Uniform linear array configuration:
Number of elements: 24
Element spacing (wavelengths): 0.5
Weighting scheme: blackman
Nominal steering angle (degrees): -30
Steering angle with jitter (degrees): -29.232
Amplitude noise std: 0.05
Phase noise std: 0.05

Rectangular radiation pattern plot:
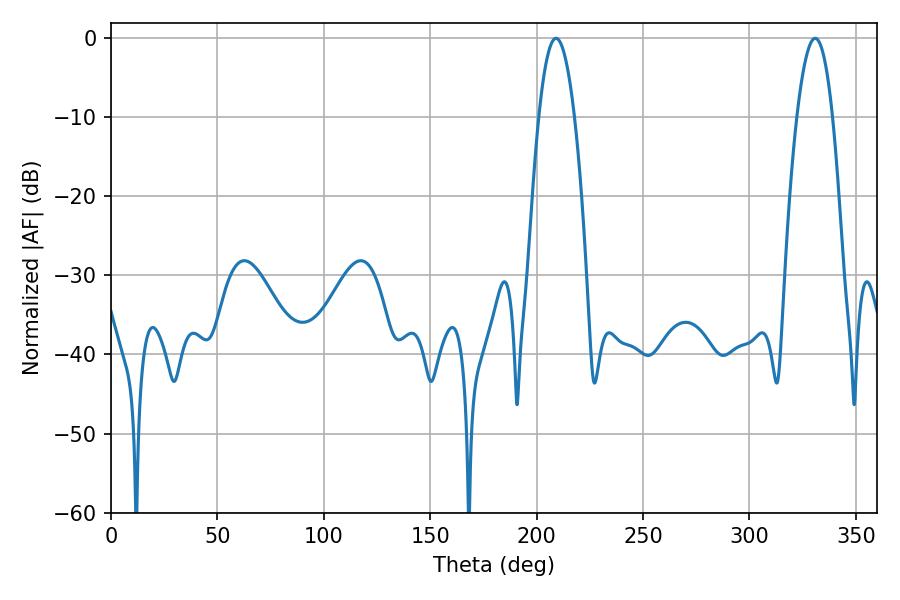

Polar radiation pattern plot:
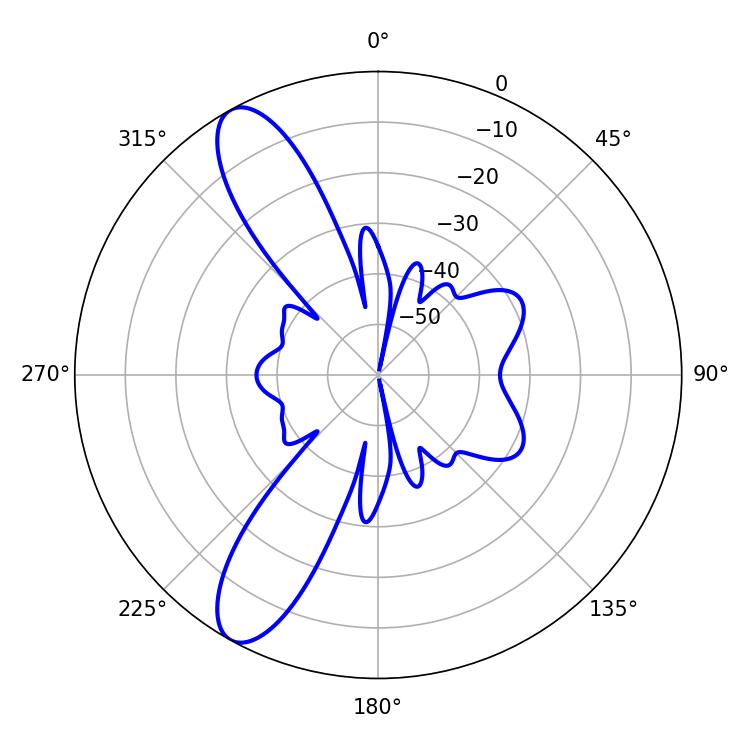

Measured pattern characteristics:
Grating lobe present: FALSE
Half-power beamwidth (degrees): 9.18
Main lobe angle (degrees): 209.16